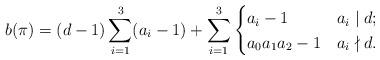
LaTeX: \begin{align*} b(\pi) = (d-1)\sum_{i=1}^3 (a_i-1) + \sum_{i=1}^3 \begin{cases} a_i-1 &a_i\mid d;\\ a_0a_1a_2-1&a_i\nmid d. \end{cases} \end{align*}